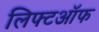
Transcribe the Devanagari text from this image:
लिफ्टऑफ